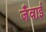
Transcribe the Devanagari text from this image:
जँवाई